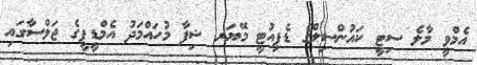
އެމްވީ މާލެ ސިޓީ ކައުންސިލްގެ ޑެޕިއުޓީ މޭޔަރ ޝިފާ މުހައްމަދު އެމްޑީޕީގެ ޖަލްސާގައި